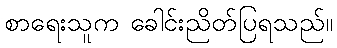
စာရေးသူက ခေါင်းညိတ်ပြရသည်။